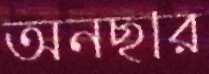
অনছার